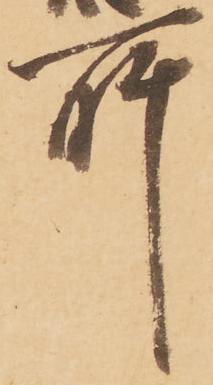
所